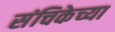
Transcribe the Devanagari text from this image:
संचिकेच्या